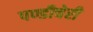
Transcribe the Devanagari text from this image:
पण्डीचेरी